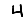
Digit: 4